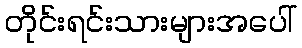
တိုင်းရင်းသားများအပေါ်